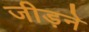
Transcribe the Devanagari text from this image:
जीड़ने